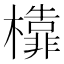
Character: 𣞳